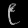
Digit: ၉